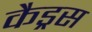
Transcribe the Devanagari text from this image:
कैड्रस